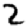
Digit: 2